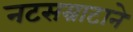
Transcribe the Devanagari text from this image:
नटसम्राटाने